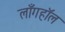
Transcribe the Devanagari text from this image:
लाँगहॉल